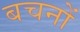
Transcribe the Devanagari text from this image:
बचनों